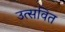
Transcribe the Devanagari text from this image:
उत्सवित